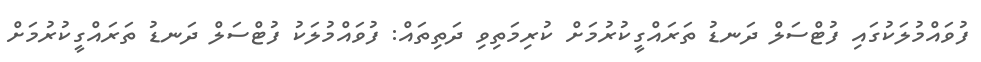
ފުވައްމުލަކުގައި ފުޓްސަލް ދަނޑު ތަރައްގީކުރުމަށް ކުރިމަތިވި ދަތިތައް: ފުވައްމުލަކު ފުޓްސަލް ދަނޑު ތަރައްގީކުރުމަށް